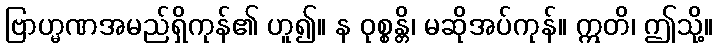
ဗြာဟ္မဏအမည်ရှိကုန်၏ ဟူ၍။ န ဝုစ္စန္တိ၊ မဆိုအပ်ကုန်။ ဣတိ၊ ဤသို့။